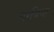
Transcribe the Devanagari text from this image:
गरबिया